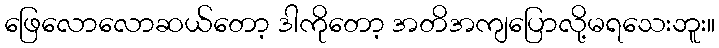
ဖြေလောလောဆယ်တော့ ဒါကိုတော့ အတိအကျပြောလို့မရသေးဘူး။